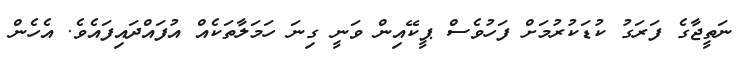
ނަތީޖާގެ ފަރަގު ކުޑަކުރުމަށް ފަހުވެސް ޕީކޭއިން ވަނީ ގިނަ ހަމަލާތަކެއް އުފައްދައިފައެވެ. އެހެން